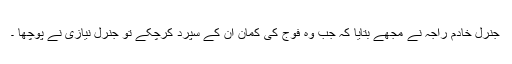
جنرل خادم راجہ نے مجھے بتایا کہ جب وہ فوج کی کمان ان کے سپرد کرچکے تو جنرل نیازی نے پوچھا ۔